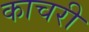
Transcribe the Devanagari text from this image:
काचरी